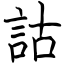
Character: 詁